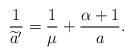
LaTeX: \begin{align*} \frac {1} { \widetilde{a} '}= \frac {1} {\mu } + \frac {\alpha +1} {a}.\end{align*}